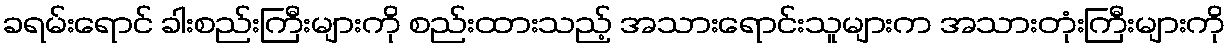
ခရမ်းရောင် ခါးစည်းကြီးများကို စည်းထားသည့် အသားရောင်းသူများက အသားတုံးကြီးများကို